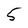
Character: 5